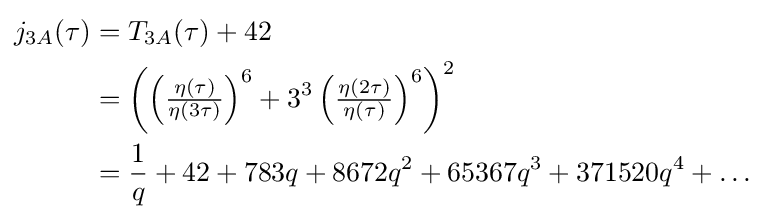
{\begin{aligned}j_{3A}(\tau )&=T_{3A}(\tau )+42\\&=\left(\left({\tfrac {\eta (\tau )}{\eta (3\tau )}}\right)^{6}+3^{3}\left({\tfrac {\eta (2\tau )}{\eta (\tau )}}\right)^{6}\right)^{2}\\&={\frac {1}{q}}+42+783q+8672q^{2}+65367q^{3}+371520q^{4}+\dots \end{aligned}}